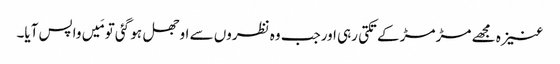
عنیزہ مجھے مڑ مڑ کے تکتی رہی اورجب وہ نظروں سے اوجھل ہو گئی تو مَیں واپس آیا۔